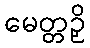
မေတ္တဉှိ